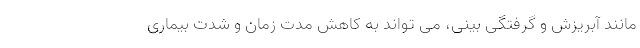
مانند آبریزش و گرفتگی بینی، می تواند به کاهش مدت زمان و شدت بیماری